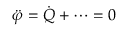
{ \ddot { \varphi } } = { \dot { Q } } + \dots = 0